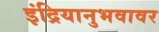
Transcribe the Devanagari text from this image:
इंद्रियानुभवावर